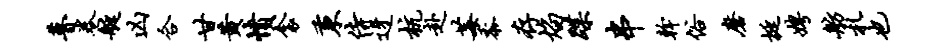
瞢卷艇凶合甘黄愤衾秉侍迓杭赴莓黍存焰蹀串干俗磨挺娉舫札也